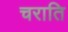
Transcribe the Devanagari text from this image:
चराति